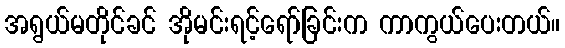
အရွယ်မတိုင်ခင် အိုမင်းရင့်ရော်ခြင်းက ကာကွယ်ပေးတယ်။